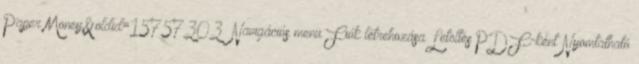
Paper Money&oldid=15757303” Navigációs menü Fiók létrehozása Letöltés PDF-ként Nyomtatható